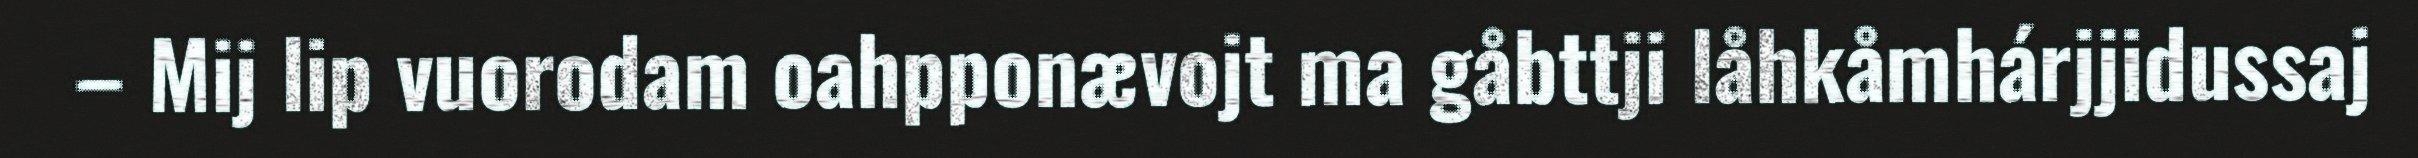
– Mij lip vuorodam oahpponævojt ma gåbttji låhkåmhárjjidussaj